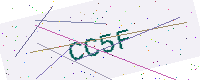
Text: CC5F